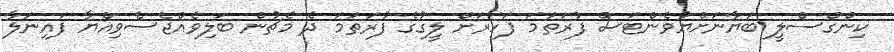
ކިންގްސްލީ ބަޔާނަށްޔުވެންޓަސް ފުރަތަމަ ފަހަރަށް ލީގުގެ ފުރަތަމަ ދެ މެޗުން ބަލިވެއްޖެސެވިއްޔާ ފައިނަލާ